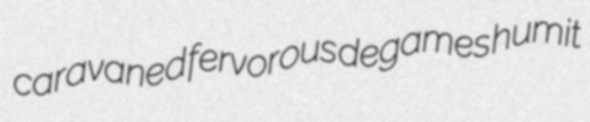
caravaned fervorous degames humit